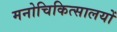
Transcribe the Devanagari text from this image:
मनोचिकित्सालयों